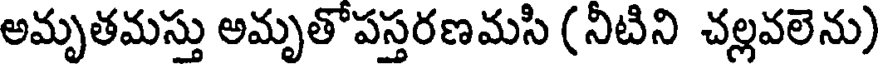
అమృతమస్తు అమృతోపస్తరణమసి (నీటిని చల్లవలెను)